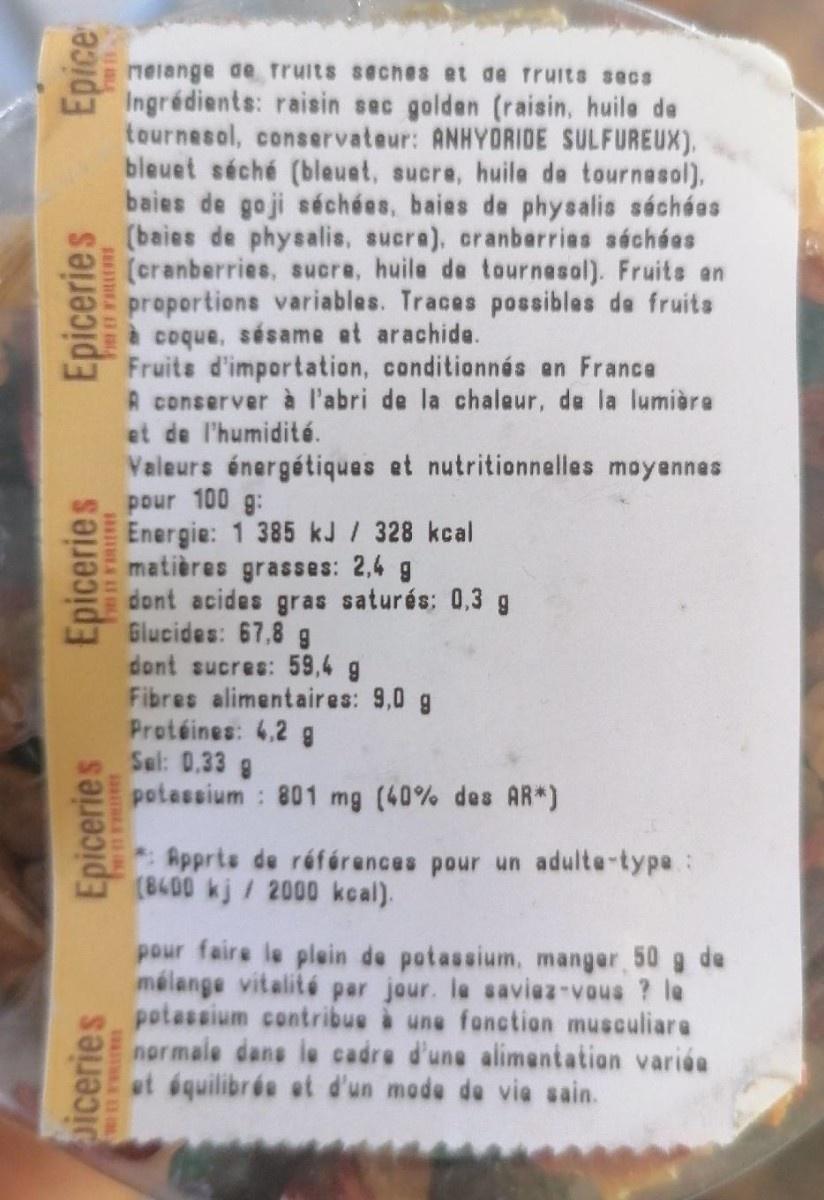
nelange de ruits seches et de fruits secs Ingrédients: raisin sec golden (raisin, huile de tournesol, conservateur: ANHYORIDE SULFUREUX), bleuet séché (bleust, sucre, huile de tournasol). baies de goji séchées, baies de physalis séchées (baies de physalis, sucra), cranberrias séchées (cranberries, sucre, huile de tournesol). Fruits an proportions variables. Traces possibles de fruits à coque, sésame at arachide. Fruits d'importation, conditionnés en France A conserver à l'abri de la chaleur, de la lumière et de l'humidité.
Valeurs énergétiques et nutritionnelles moyennes pour 100 g: Energie: 1 385 kJ / 328 kcal matières grasses: 2,4 g dont acides gras saturés: 0,3 g Glucides: 67,8 g dont sucres: 59,4 g Fibres alimentaires: 9,0 g Protéines: 4.2 g Sal: 0.33 g potassium : 801 mg (40% des AR*)
*Apprts de références pour un adulte-type: (8400 kj/ 2000 kcal).
pour faire le plein de potassium, mangar 50 g de mélange vitalité par jour. la saviez-vous ? le potassium contribue i une fonction musculiare normale dans le cadre d'une alimentation variéa et équilibrée et d'un made de vie sain.
aiceries
Epiceries
Epiceries
Epiceries
Epice